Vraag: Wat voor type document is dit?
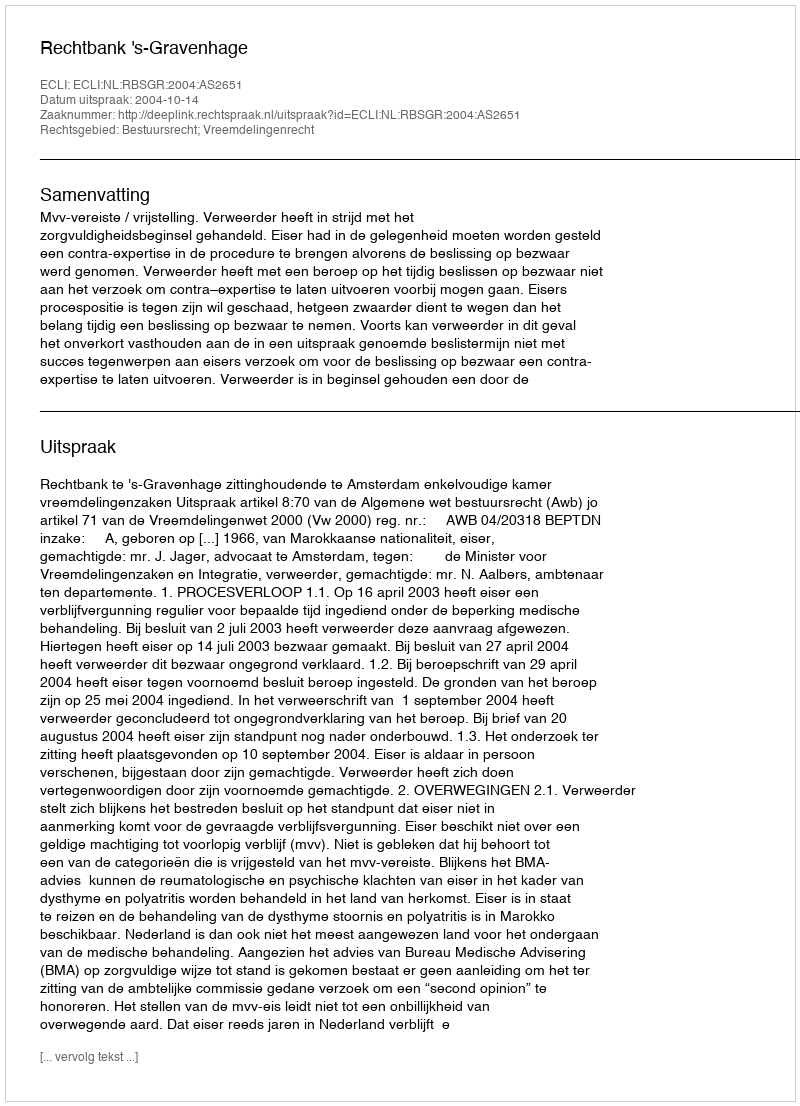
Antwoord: Uitspraak